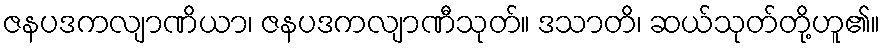
ဇနပဒကလျာဏိယာ၊ ဇနပဒကလျာဏီသုတ်။ ဒသာတိ၊ ဆယ်သုတ်တို့ဟူ၏။